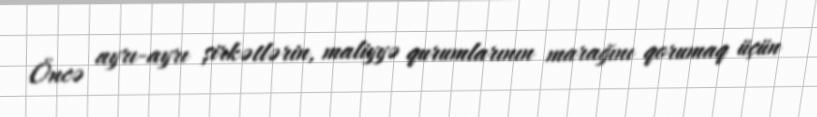
Öncə ayrı-ayrı şirkətlərin, maliyyə qurumlarının marağını qorumaq üçün